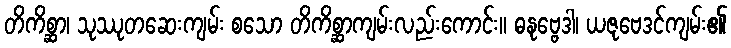
တိကိစ္ဆာ၊ သုဿုတဆေးကျမ်း စသော တိကိစ္ဆာကျမ်းလည်းကောင်း။ ဓနုဗ္ဗေဒါ၊ ယဇုဗေဒင်ကျမ်း၏